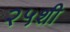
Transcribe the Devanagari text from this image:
२५शी